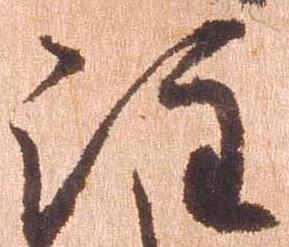
注